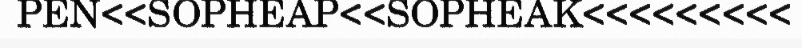
PEN<<SOPHEAP<<SOPHEAK<<<<<<<<<